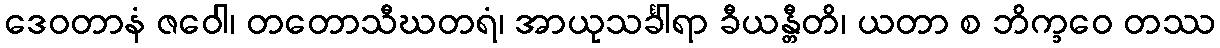
ဒေဝတာနံ ဇဝေါ၊ တတောသီဃတရံ၊ အာယုသင်္ခါရာ ခီယန္တီတိ၊ ယတာ စ ဘိက္ခဝေ တဿ